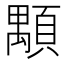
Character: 顒